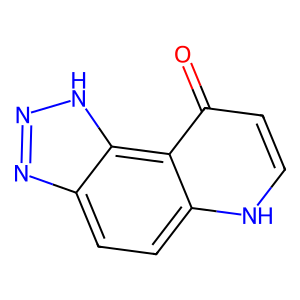
SMILES: O=c1cc[nH]c2ccc3nn[nH]c3c12
Inhibits HIV replication: No